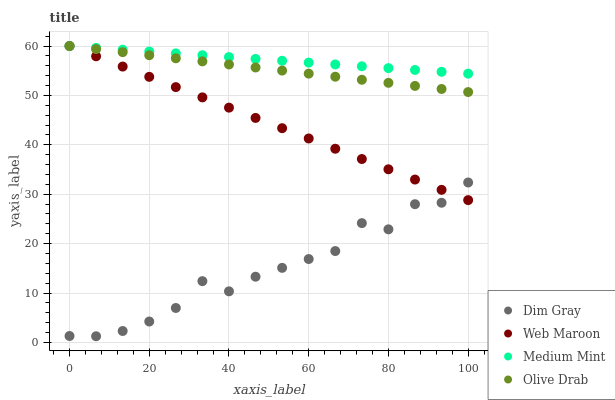
| xaxis_label | Dim Gray | Web Maroon | Medium Mint | Olive Drab |
 | --- | --- | --- | --- | --- |
 | 0 | 1.31 | 60 | 60 | 60 |
 | 6.67 | 1.25 | 57.9 | 59.6 | 59.4 |
 | 13.3 | 2.32 | 55.8 | 59.3 | 58.8 |
 | 20 | 4.24 | 53.8 | 58.9 | 58.1 |
 | 26.7 | 6.98 | 51.7 | 58.5 | 57.5 |
 | 33.3 | 12.4 | 49.6 | 58.1 | 56.9 |
 | 40 | 10.3 | 47.5 | 57.8 | 56.3 |
 | 46.7 | 13.3 | 45.4 | 57.4 | 55.7 |
 | 53.3 | 15.1 | 43.4 | 57 | 55 |
 | 60 | 16.9 | 41.3 | 56.6 | 54.4 |
 | 66.7 | 18.5 | 39.2 | 56.3 | 53.8 |
 | 73.3 | 24.2 | 37.1 | 55.9 | 53.2 |
 | 80 | 22.9 | 35 | 55.5 | 52.5 |
 | 86.7 | 28 | 33 | 55.2 | 51.9 |
 | 93.3 | 28.3 | 30.9 | 54.8 | 51.3 |
 | 100 | 32.4 | 28.8 | 54.4 | 50.7 |